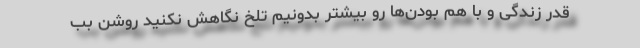
قدر زندگی و با هم بودن‌ها رو بیشتر بدونیم تلخ نگاهش نکنید روشن بب